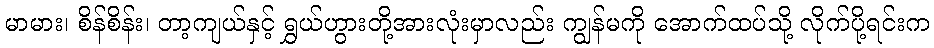
မာမား၊ စိန်စိန်း၊ တာ့ကျယ်နှင့် ရွှယ်ဟွားတို့အားလုံးမှာလည်း ကျွန်မကို အောက်ထပ်သို့ လိုက်ပို့ရင်းက